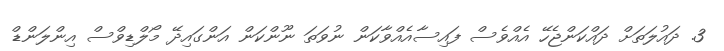
3. ދައުލަތަށް ދައްކަންޖެހޭ އެއްވެސް ފައިސާއެއްވާކަން ނުވަތަ ނޫންކަން އަންގައިދޭ މޯލްޑިވްސް އިންލަންޑް